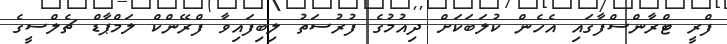
ފްރީ ޓްރާންސްފާގައި އެހެން ކުލަބަކަށް ދިއުމުގެ ފުރުސަތު ލިބިފައިވާ ފްރޭންކް ލަމްޕާޑް ޗެލްސީގެ